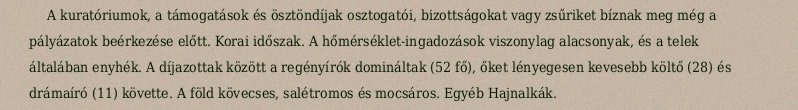
A kuratóriumok, a támogatások és ösztöndíjak osztogatói, bizottságokat vagy zsűriket bíznak meg még a pályázatok beérkezése előtt. Korai időszak. A hőmérséklet-ingadozások viszonylag alacsonyak, és a telek általában enyhék. A díjazottak között a regényírók domináltak (52 fő), őket lényegesen kevesebb költő (28) és drámaíró (11) követte. A föld kövecses, salétromos és mocsáros. Egyéb Hajnalkák.